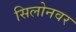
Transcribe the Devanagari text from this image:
सिलोनवर